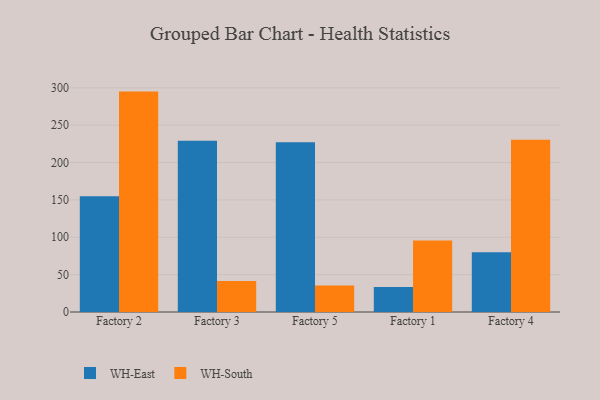
{"axis": {"x": "Factory", "y": "Energy Usage (MWh)"}, "legend": ["WH-East", "WH-South"], "data": [{"x": "Factory 2", "y": 154.9, "type": "WH-East"}, {"x": "Factory 2", "y": 294.9, "type": "WH-South"}, {"x": "Factory 3", "y": 229.2, "type": "WH-East"}, {"x": "Factory 3", "y": 41.6, "type": "WH-South"}, {"x": "Factory 5", "y": 227.2, "type": "WH-East"}, {"x": "Factory 5", "y": 35.5, "type": "WH-South"}, {"x": "Factory 1", "y": 33.5, "type": "WH-East"}, {"x": "Factory 1", "y": 95.7, "type": "WH-South"}, {"x": "Factory 4", "y": 80.0, "type": "WH-East"}, {"x": "Factory 4", "y": 230.6, "type": "WH-South"}]}